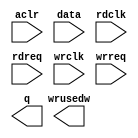
// megafunction wizard: %FIFO%VBB%
// GENERATION: STANDARD
// VERSION: WM1.0
// MODULE: dcfifo_mixed_widths 

// ============================================================
// Megafunction Name(s):
// 			dcfifo_mixed_widths
//
// Simulation Library Files(s):
// 			altera_mf
// ============================================================
// ************************************************************
// THIS IS A WIZARD-GENERATED FILE. DO NOT EDIT THIS FILE!
//
// 9.0 Build 132 02/25/2009 SJ Full Version
// ************************************************************

//Copyright (C) 1991-2009 Altera Corporation
//Your use of Altera Corporation's design tools, logic functions 
//and other software and tools, and its AMPP partner logic 
//functions, and any output files from any of the foregoing 
//(including device programming or simulation files), and any 
//associated documentation or information are expressly subject 
//to the terms and conditions of the Altera Program License 
//Subscription Agreement, Altera MegaCore Function License 
//Agreement, or other applicable license agreement, including, 
//without limitation, that your use is for the sole purpose of 
//programming logic devices manufactured by Altera and sold by 
//Altera or its authorized distributors.  Please refer to the 
//applicable agreement for further details.

module FIFO_OUT_8TO2 (
	aclr,
	data,
	rdclk,
	rdreq,
	wrclk,
	wrreq,
	q,
	wrusedw);

	input	  aclr;
	input	[15:0]  data;
	input	  rdclk;
	input	  rdreq;
	input	  wrclk;
	input	  wrreq;
	output	[1:0]  q;
	output	[6:0]  wrusedw;
`ifndef ALTERA_RESERVED_QIS
// synopsys translate_off
`endif
	tri0	  aclr;
`ifndef ALTERA_RESERVED_QIS
// synopsys translate_on
`endif

endmodule

// ============================================================
// CNX file retrieval info
// ============================================================
// Retrieval info: PRIVATE: AlmostEmpty NUMERIC "0"
// Retrieval info: PRIVATE: AlmostEmptyThr NUMERIC "-1"
// Retrieval info: PRIVATE: AlmostFull NUMERIC "0"
// Retrieval info: PRIVATE: AlmostFullThr NUMERIC "-1"
// Retrieval info: PRIVATE: CLOCKS_ARE_SYNCHRONIZED NUMERIC "0"
// Retrieval info: PRIVATE: Clock NUMERIC "4"
// Retrieval info: PRIVATE: Depth NUMERIC "64"
// Retrieval info: PRIVATE: Empty NUMERIC "1"
// Retrieval info: PRIVATE: Full NUMERIC "1"
// Retrieval info: PRIVATE: INTENDED_DEVICE_FAMILY STRING "Stratix II"
// Retrieval info: PRIVATE: LE_BasedFIFO NUMERIC "0"
// Retrieval info: PRIVATE: LegacyRREQ NUMERIC "0"
// Retrieval info: PRIVATE: MAX_DEPTH_BY_9 NUMERIC "0"
// Retrieval info: PRIVATE: OVERFLOW_CHECKING NUMERIC "0"
// Retrieval info: PRIVATE: Optimize NUMERIC "2"
// Retrieval info: PRIVATE: RAM_BLOCK_TYPE NUMERIC "2"
// Retrieval info: PRIVATE: SYNTH_WRAPPER_GEN_POSTFIX STRING "0"
// Retrieval info: PRIVATE: UNDERFLOW_CHECKING NUMERIC "0"
// Retrieval info: PRIVATE: UsedW NUMERIC "1"
// Retrieval info: PRIVATE: Width NUMERIC "16"
// Retrieval info: PRIVATE: dc_aclr NUMERIC "1"
// Retrieval info: PRIVATE: diff_widths NUMERIC "1"
// Retrieval info: PRIVATE: msb_usedw NUMERIC "1"
// Retrieval info: PRIVATE: output_width NUMERIC "2"
// Retrieval info: PRIVATE: rsEmpty NUMERIC "0"
// Retrieval info: PRIVATE: rsFull NUMERIC "0"
// Retrieval info: PRIVATE: rsUsedW NUMERIC "0"
// Retrieval info: PRIVATE: sc_aclr NUMERIC "0"
// Retrieval info: PRIVATE: sc_sclr NUMERIC "0"
// Retrieval info: PRIVATE: wsEmpty NUMERIC "0"
// Retrieval info: PRIVATE: wsFull NUMERIC "0"
// Retrieval info: PRIVATE: wsUsedW NUMERIC "1"
// Retrieval info: CONSTANT: ADD_USEDW_MSB_BIT STRING "ON"
// Retrieval info: CONSTANT: INTENDED_DEVICE_FAMILY STRING "Stratix II"
// Retrieval info: CONSTANT: LPM_HINT STRING "MAXIMIZE_SPEED=5,RAM_BLOCK_TYPE=M4K"
// Retrieval info: CONSTANT: LPM_NUMWORDS NUMERIC "64"
// Retrieval info: CONSTANT: LPM_SHOWAHEAD STRING "ON"
// Retrieval info: CONSTANT: LPM_TYPE STRING "dcfifo"
// Retrieval info: CONSTANT: LPM_WIDTH NUMERIC "16"
// Retrieval info: CONSTANT: LPM_WIDTHU NUMERIC "7"
// Retrieval info: CONSTANT: LPM_WIDTHU_R NUMERIC "10"
// Retrieval info: CONSTANT: LPM_WIDTH_R NUMERIC "2"
// Retrieval info: CONSTANT: OVERFLOW_CHECKING STRING "ON"
// Retrieval info: CONSTANT: RDSYNC_DELAYPIPE NUMERIC "4"
// Retrieval info: CONSTANT: UNDERFLOW_CHECKING STRING "ON"
// Retrieval info: CONSTANT: USE_EAB STRING "ON"
// Retrieval info: CONSTANT: WRITE_ACLR_SYNCH STRING "OFF"
// Retrieval info: CONSTANT: WRSYNC_DELAYPIPE NUMERIC "4"
// Retrieval info: USED_PORT: aclr 0 0 0 0 INPUT GND aclr
// Retrieval info: USED_PORT: data 0 0 16 0 INPUT NODEFVAL data[15..0]
// Retrieval info: USED_PORT: q 0 0 2 0 OUTPUT NODEFVAL q[1..0]
// Retrieval info: USED_PORT: rdclk 0 0 0 0 INPUT NODEFVAL rdclk
// Retrieval info: USED_PORT: rdreq 0 0 0 0 INPUT NODEFVAL rdreq
// Retrieval info: USED_PORT: wrclk 0 0 0 0 INPUT NODEFVAL wrclk
// Retrieval info: USED_PORT: wrreq 0 0 0 0 INPUT NODEFVAL wrreq
// Retrieval info: USED_PORT: wrusedw 0 0 7 0 OUTPUT NODEFVAL wrusedw[6..0]
// Retrieval info: CONNECT: @data 0 0 16 0 data 0 0 16 0
// Retrieval info: CONNECT: q 0 0 2 0 @q 0 0 2 0
// Retrieval info: CONNECT: @wrreq 0 0 0 0 wrreq 0 0 0 0
// Retrieval info: CONNECT: @rdreq 0 0 0 0 rdreq 0 0 0 0
// Retrieval info: CONNECT: @rdclk 0 0 0 0 rdclk 0 0 0 0
// Retrieval info: CONNECT: @wrclk 0 0 0 0 wrclk 0 0 0 0
// Retrieval info: CONNECT: wrusedw 0 0 7 0 @wrusedw 0 0 7 0
// Retrieval info: CONNECT: @aclr 0 0 0 0 aclr 0 0 0 0
// Retrieval info: LIBRARY: altera_mf altera_mf.altera_mf_components.all
// Retrieval info: GEN_FILE: TYPE_NORMAL FIFO_OUT_8TO2.v TRUE
// Retrieval info: GEN_FILE: TYPE_NORMAL FIFO_OUT_8TO2.inc FALSE
// Retrieval info: GEN_FILE: TYPE_NORMAL FIFO_OUT_8TO2.cmp FALSE
// Retrieval info: GEN_FILE: TYPE_NORMAL FIFO_OUT_8TO2.bsf TRUE FALSE
// Retrieval info: GEN_FILE: TYPE_NORMAL FIFO_OUT_8TO2_inst.v TRUE
// Retrieval info: GEN_FILE: TYPE_NORMAL FIFO_OUT_8TO2_bb.v TRUE
// Retrieval info: GEN_FILE: TYPE_NORMAL FIFO_OUT_8TO2_waveforms.html TRUE
// Retrieval info: GEN_FILE: TYPE_NORMAL FIFO_OUT_8TO2_wave*.jpg FALSE
// Retrieval info: LIB_FILE: altera_mf